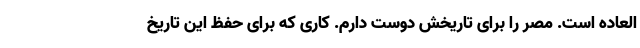
العاده است. مصر را برای تاریخش دوست دارم. کاری که برای حفظ این تاریخ